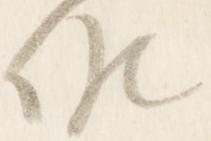
候